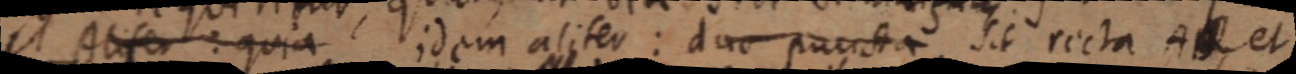
Atifer: quia idem aliter: duo puncta, sit recta A _, et